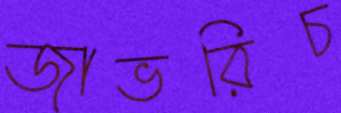
জাভরিচ